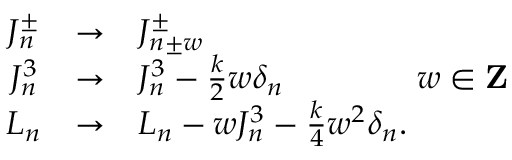
\begin{array} { c c l } { { J _ { n } ^ { \pm } } } & { { \rightarrow } } & { { J _ { n \pm w } ^ { \pm } } } \\ { { J _ { n } ^ { 3 } } } & { { \rightarrow } } & { { J _ { n } ^ { 3 } - { \frac { k } { 2 } } w \delta _ { n } \qquad \qquad w \in { \bf Z } } } \\ { { L _ { n } } } & { { \rightarrow } } & { { L _ { n } - w J _ { n } ^ { 3 } - { \frac { k } { 4 } } w ^ { 2 } \delta _ { n } . } } \end{array}